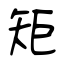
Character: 矩